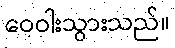
ဝေဝါးသွားသည်။